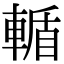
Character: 輴